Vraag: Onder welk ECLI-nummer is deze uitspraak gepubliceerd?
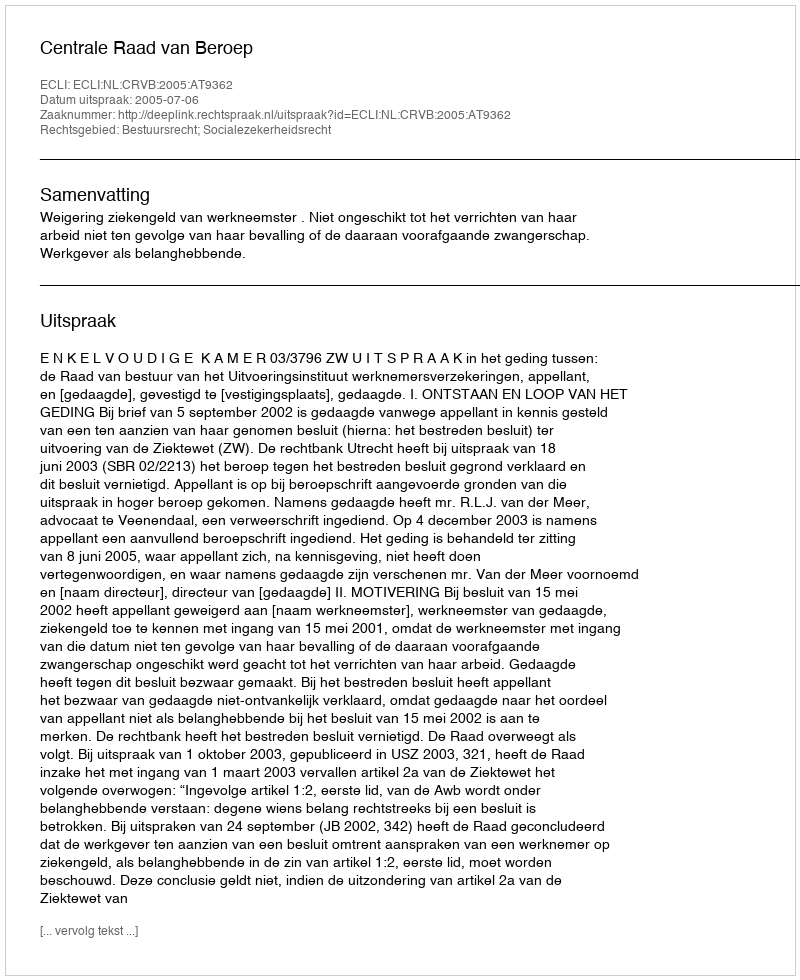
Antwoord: ECLI:NL:CRVB:2005:AT9362